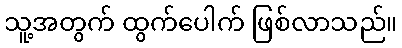
သူ့အတွက် ထွက်ပေါက် ဖြစ်လာသည်။